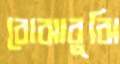
বোঝাবুঝি